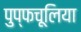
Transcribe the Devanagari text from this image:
पुप्फचूलिया